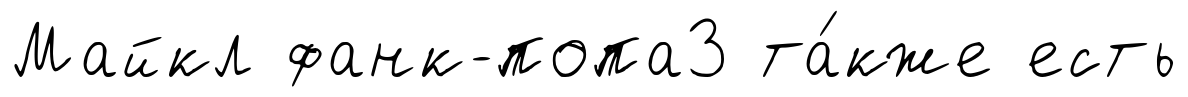
Майкл фанк-попа3 та́кже есть